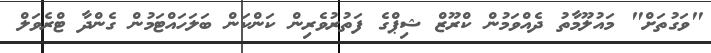
"ވަގުތަށް" މައުލޫމާތު ދެއްވަމުން ކްރޫޒް ޝިޕްގެ ފަތުރުވެރިން ކަންކަން ބަލަހައްޓަމުން ގެންދާ ޓްރެވަލް